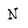
Character: N